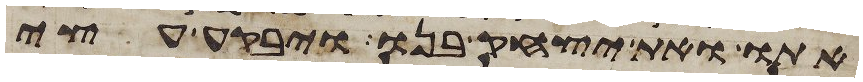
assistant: אתו ואת יצחק בנו ויבקע עצי